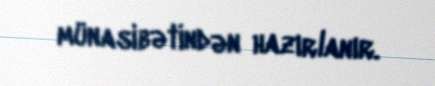
münasibətindən hazırlanır.